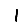
Digit: 1